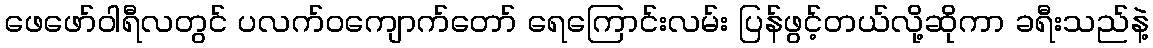
ဖေဖော်ဝါရီလတွင် ပလက်ဝကျောက်တော် ရေကြောင်းလမ်း ပြန်ဖွင့်တယ်လို့ဆိုကာ ခရီးသည်နဲ့